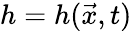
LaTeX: h=h(\vec{x},t)